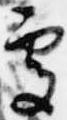
処